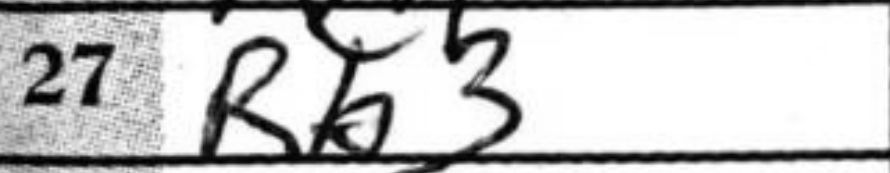
Transcription: Rb3